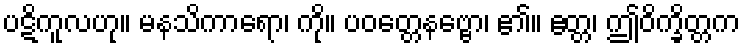
ပဋိကူလဟု။ မနသိကာရော၊ ကို။ ပဝတ္တေနဗ္ဗော၊ ၏။ ဧတ္တ၊ ဤဝိက္ခိတ္တက